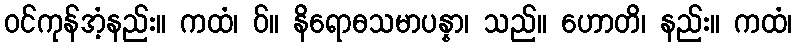
ဝင်ကုန်အံ့နည်း။ ကထံ၊ ဝ်။ နိရောဓသမာပန္နာ၊ သည်။ ဟောတိ၊ နည်း။ ကထံ၊